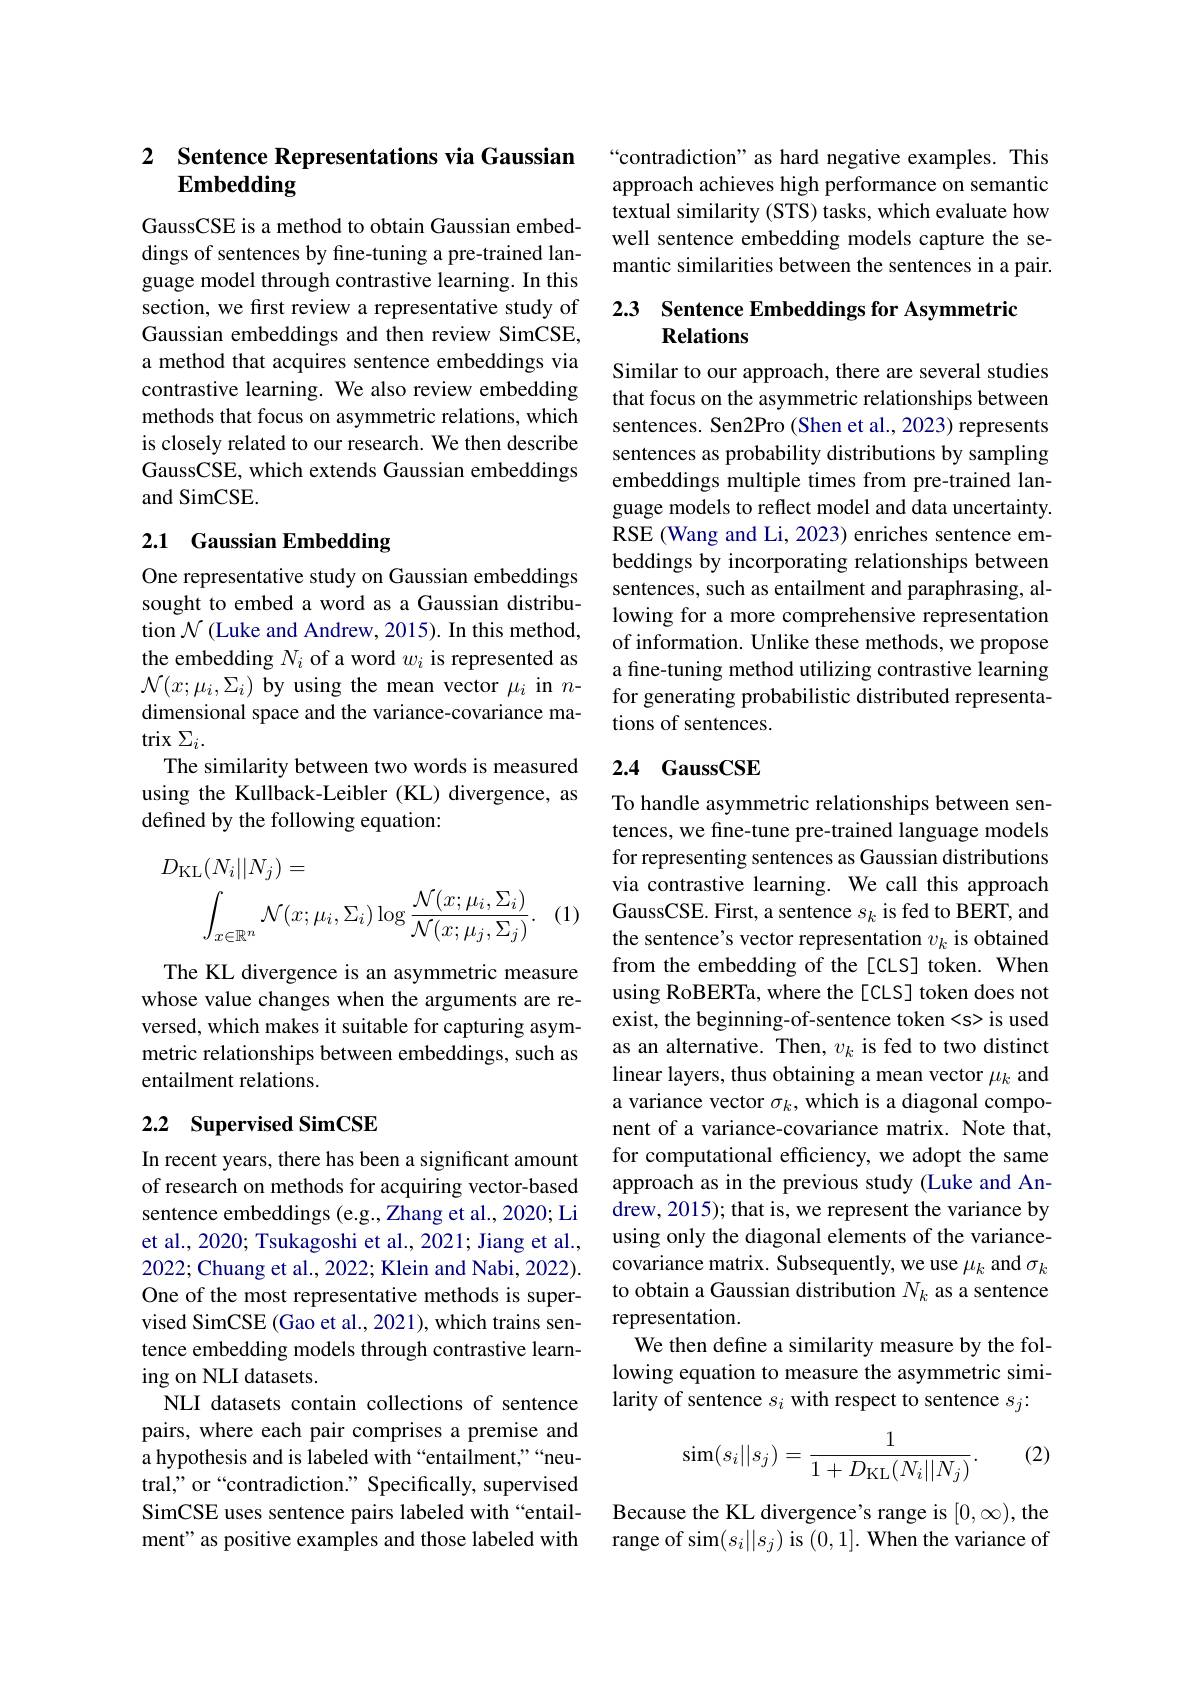
### 2 $\textbf{Sentence Representations via Gaussian}$ Embedding

GaussCSE is a method to obtain Gaussian embeddings of sentences by fine-tuning a pre-trained language model through contrastive learning. In this section, we first review a representative study of Gaussian embeddings and then review SimCSE, a method that acquires sentence embeddings via contrastive learning. We also review embedding methods that focus on asymmetric relations, which is closely related to our research. We then describe GaussCSE, which extends Gaussian embeddings and SimCSE.

## 2.1 Gaussian Embedding

One representative study on Gaussian embeddings sought to embed a word as a Gaussian distribution $\mathcal{N}$ (Luke and Andrew, 2015). In this method, the embedding $N_i$ of a word $w_i$ is represented as $\mathcal{N}(x;\mu_{i},\Sigma_{i})$ by using the mean vector $\mu_i$ in $n$- dimensional space and the variance-covariance matrix $\Sigma_i.$
The similarity between two words is measured using the Kullback-Leibler (KL) divergence, as defined by the following equation:
$$D_{\mathrm{KL}}(N_{i}||N_{j})=\\\int_{x\in\mathbb{R}^{n}}\mathcal{N}(x;\mu_{i},\Sigma_{i})\log\frac{\mathcal{N}(x;\mu_{i},\Sigma_{i})}{\mathcal{N}(x;\mu_{j},\Sigma_{j})}.$$
(1)

The KL divergence is an asymmetric measure whose value changes when the arguments are reversed, which makes it suitable for capturing asymmetric relationships between embeddings, such as entailment relations.

## 2.2 Supervised SimCSE

In recent years, there has been a significant amount of research on methods for acquiring vector-based sentence embeddings (e.g.,Zhang et al., 2020; Li et al., 2020; Tsukagoshi et al., 2021; Jiang et al., 2022; Chuang et al., 2022; Klein and Nabi, 2022). One of the most representative methods is supervised SimCSE (Gao et al., 2021), which trains sentence embedding models through contrastive learning on NLI datasets.
NLI datasets contain collections of sentence pairs, where each pair comprises a premise and a hypothesis and is labeled with “entailment,”“neutral," or“contradiction.” Specifically, supervised SimCSE uses sentence pairs labeled with“entailment" as positive examples and those labeled with

“contradiction” as hard negative examples. This approach achieves high performance on semantic textual similarity (STS) tasks, which evaluate how well sentence embedding models capture the semantic similarities between the sentences in a pair.

### 2.3 Sentence Embeddings for Asymmetric Relations

Similar to our approach, there are several studies that focus on the asymmetric relationships between sentences. Sen2Pro (Shen et al., 2023) represents sentences as probability distributions by sampling embeddings multiple times from pre-trained language models to reflect model and data uncertainty. RSE (Wang and Li, 2023) enriches sentence embeddings by incorporating relationships between sentences, such as entailment and paraphrasing, allowing for a more comprehensive representation of information. Unlike these methods, we propose a fine-tuning method utilizing contrastive learning for generating probabilistic distributed representations of sentences.

## 2.4 GaussCSE

To handle asymmetric relationships between sentences, we fine-tune pre-trained language models for representing sentences as Gaussian distributions via contrastive learning. We call this approach GaussCSE. First, a sentence $s_k$ is fed to BERT, and the sentence's vector representation $v_k$ is obtained from the embedding of the [CLS] token. When using RoBERTa, where the[CLS] token does not exist, the beginning-of-sentence token
 is used as an alternative. Then, $v_k$ is fed to two distinct linear layers, thus obtaining a mean vector $\mu_k$ and a variance vector $\sigma_k$, which is a diagonal component of a variance-covariance matrix. Note that, for computational efficiency, we adopt the same approach as in the previous study (Luke and Andrew, 2015); that is, we represent the variance by using only the diagonal elements of the variancecovariance matrix. Subsequently, we use $\mu_k$ and $\sigma_k$ to obtain a Gaussian distribution $N_k$ as a sentence representation.
We then define a similarity measure by the following equation to measure the asymmetric similarity of sentence $s_i$ with respect to sentence $s_j:$

(2)
$$\sin(s_i||s_j)=\frac{1}{1+D_{\mathrm{KL}}(N_i||N_j)}.$$
Because the KL divergence's range is $[0,\infty)$,the range of sim$(s_i||s_j)$ is (0,1]. When the variance of